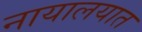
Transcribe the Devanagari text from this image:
नायालयात